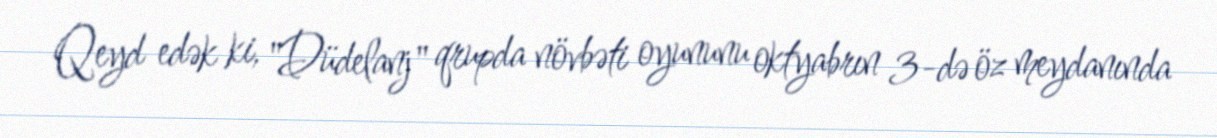
Qeyd edək ki, "Düdelanj" qrupda növbəti oyununu oktyabrın 3-də öz meydanında